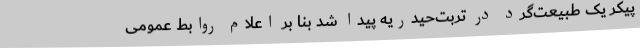
پیکر یک طبیعت‌گرد در تربت‌حیدریه پیدا شد بنا بر اعلام روابط عمومی